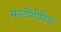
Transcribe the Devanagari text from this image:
मल्टींमीडिया